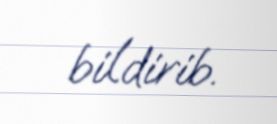
bildirib.